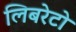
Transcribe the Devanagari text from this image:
लिबरेटो